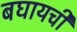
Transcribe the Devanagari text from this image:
बघायची